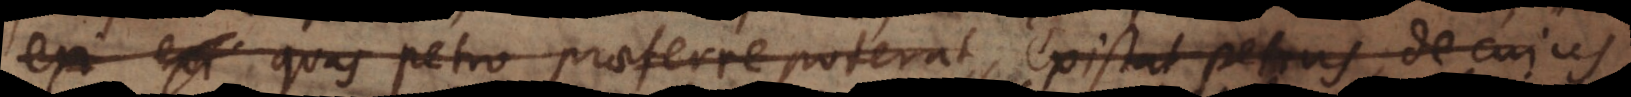
exi quas Petro praeferre poterat, existat Petrus, de cujus